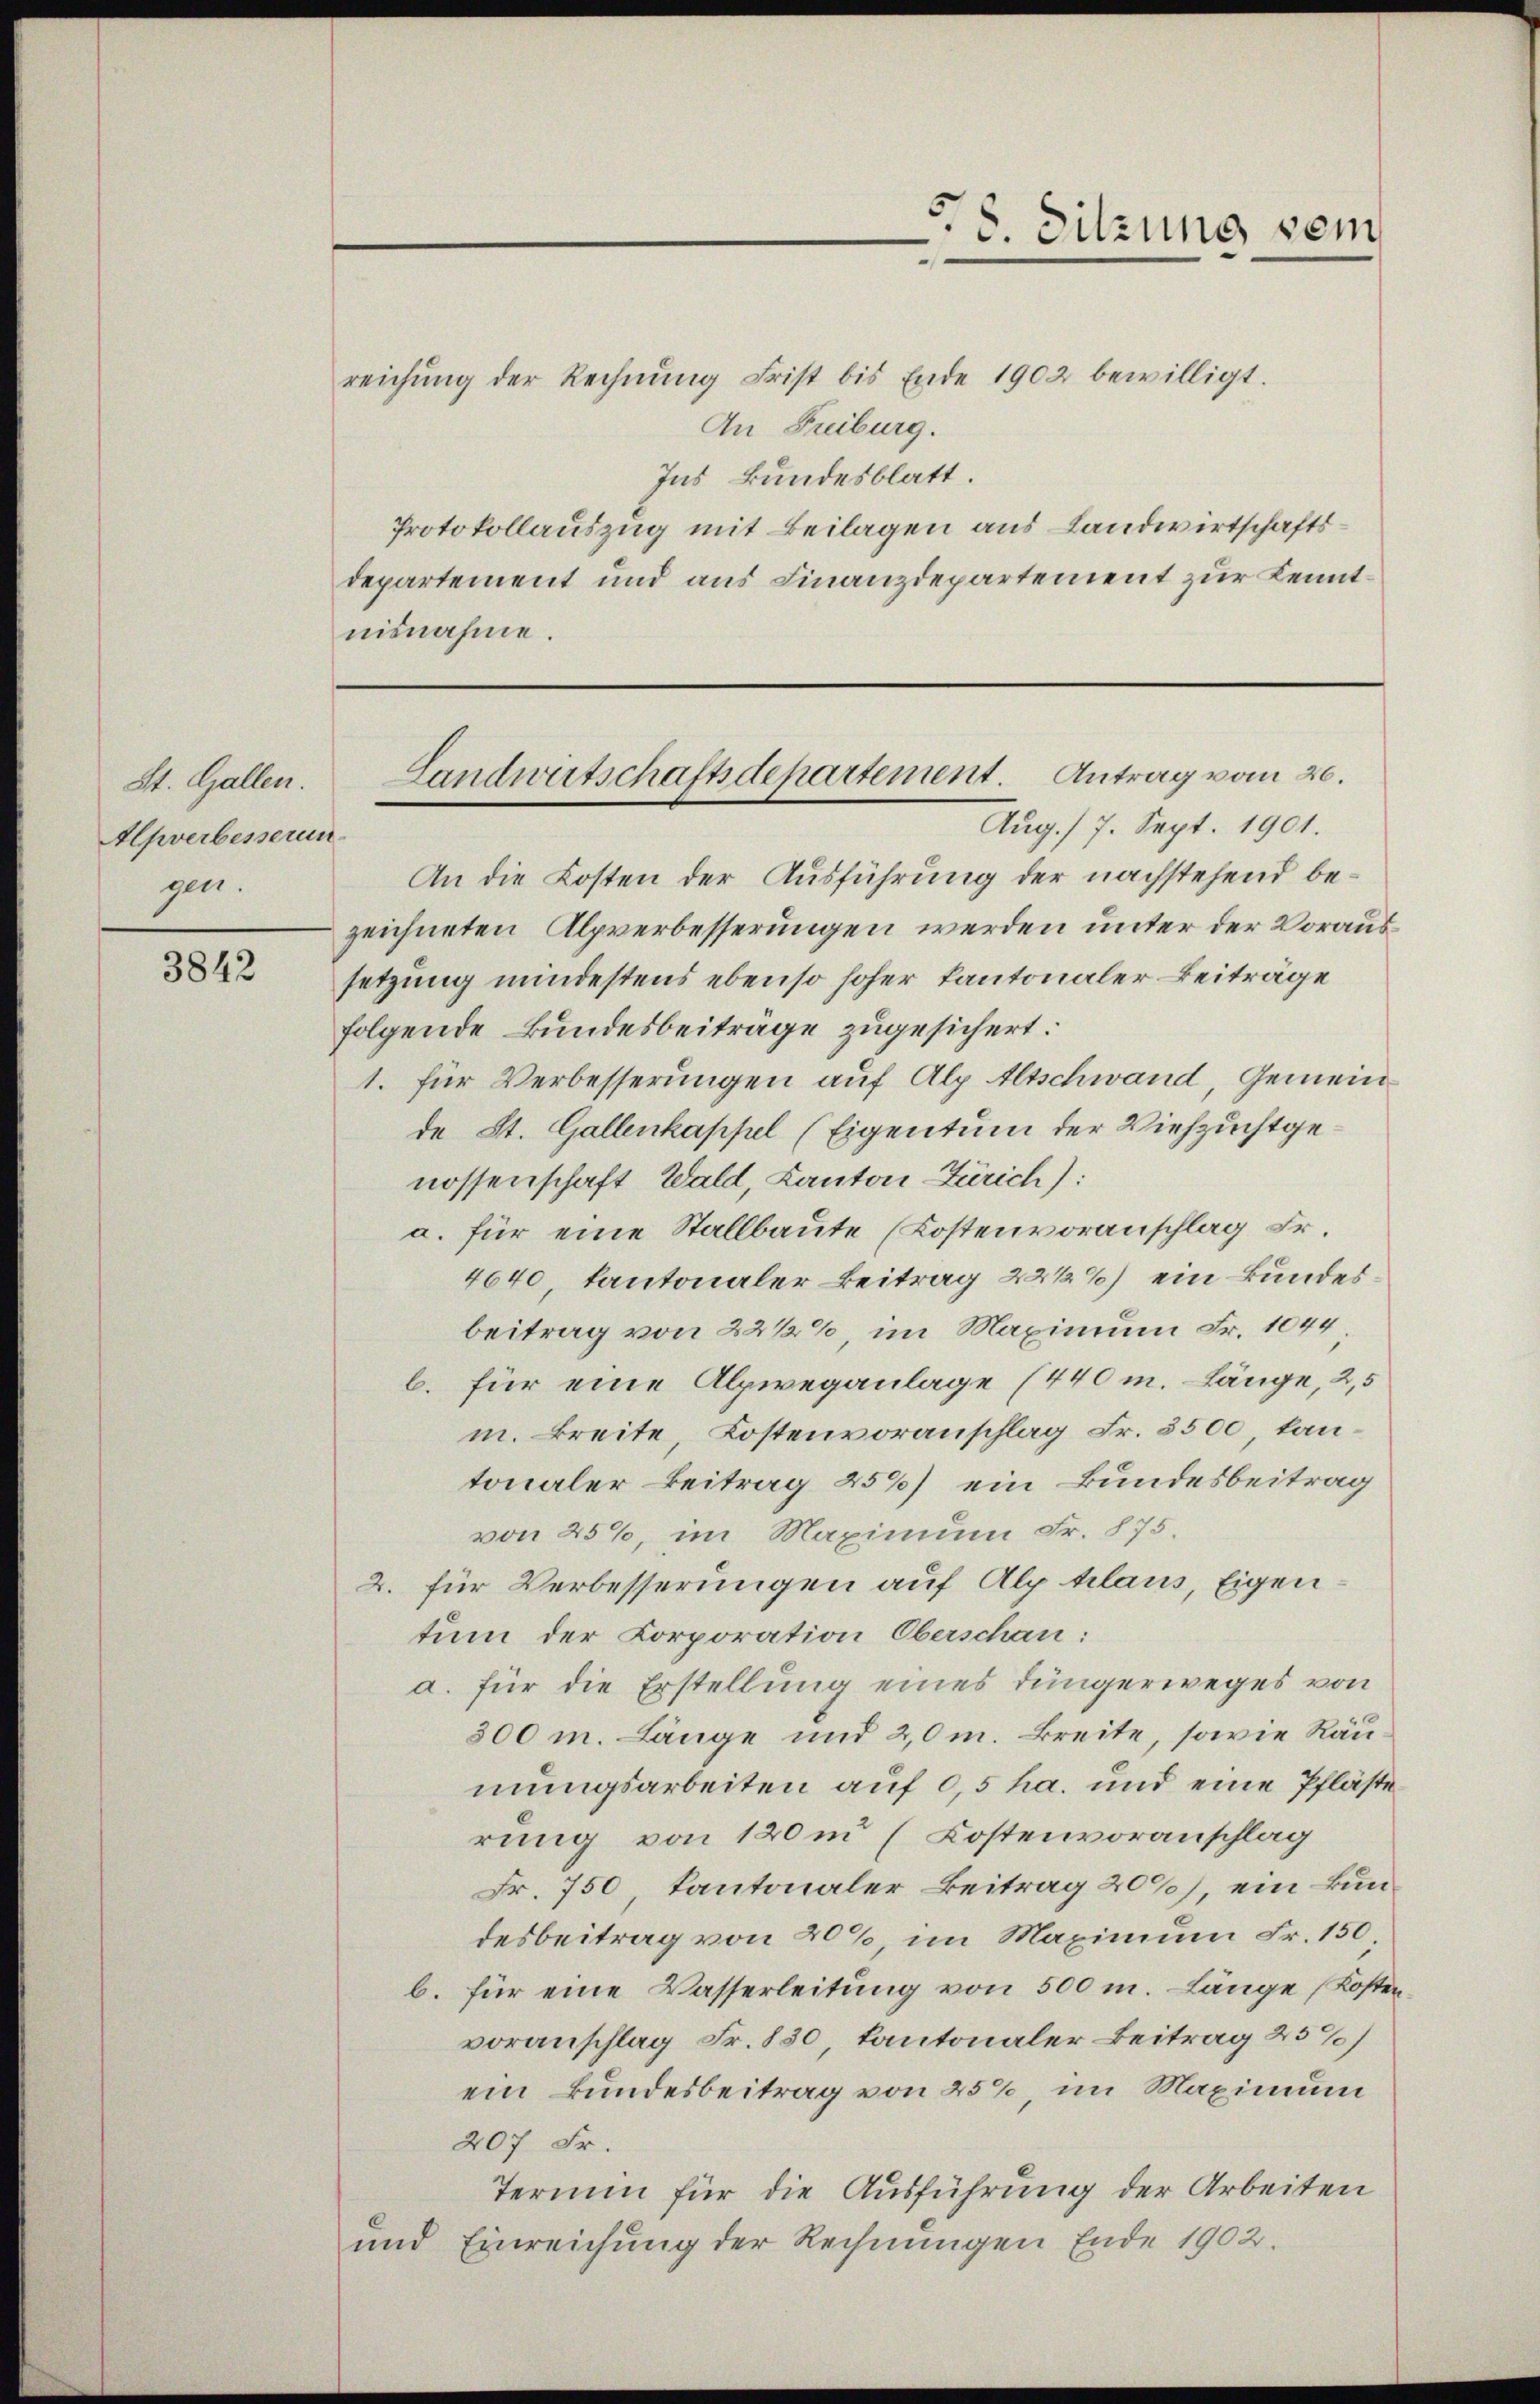
St. Gallen.
Apverbesserun
gen.

3842

58. Sitzung sein

reichŭng der Rechnŭng Frist bis Ende 1902 bewilligt.
An Freiburg.
Ins Bundesblatt.
Protokollauszug mit Beilagen aus Landwirtschaftsdepartement und aus Finanzdepartement zur Kenntnisnahme.

Landwirtschaftsdepartement. Antrag vom 20.
Aug. 17. Sept. 1901.

An die Kosten der Ausführung der nachstehend bezeichneten Alpverbesserungen werden unter der Voraussetzung mindestens ebenso hoher kantonaler Beiträge
folgende Bundesbeitrage zugesichert:
1. für Verbesserungen auf Alp Altschwand, Gemeinde St. Gallenkappel (Eigentum der Viehzuchtgenossenschaft Wald, Kanton Zürich):
a. für eine Stallbaute (Kostenvoranschlag Fr.
4640, kantonaler Beitrag 22 1/2%) ein kundesbeitrag von 22 1/2%, im Maximum Fr. 1044
b. für eine Alpweganlage (440 m. Länge, 2,5
m. Breite, Kostenvoranschlag Fr. 3500 kantonaler Beitrag 258) ein Bundesbeitrag
von 25%, im Maximum Fr. 875.
2. für Verbesserungen auf Alp klaus, Eigentum der Corporation Oberschan:
a. für die Erstellung eines Jüngerweges von
300 m. Länge und 2,0m Breite, sowie Räumungsarbeiten auf 0,5 ha. und eine Pfläste
rung von 120m (Kostenvoranschlag
Fr. 750 Kantonaler Beitrag 20%), ein kun-
desbeitrag von 20%, im Maximum Fr. 150
b. für eine Wasserleitung von 500 m. Länge (Kostenvoranschlag Fr. 830 kantonaler Beitrag 25%
ein Bundesbeitrag von 25%, im Maximum
207 Fr.
Termin für die Ausführung der Arbeiten
und Einreichung der Rechnungen Ende 1902.